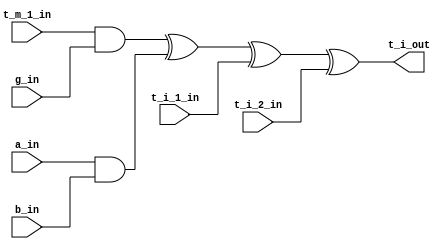
//
//
//Use:              3xor cell.
//
//
//Version           Date                Note
//  1.0             2014/12/21          Original created
//
//----------------------------------------------------------

module cell_4(
//-----input-----
  a_in,
  g_in,
  b_in,
  t_m_1_in,
  t_i_1_in,
  t_i_2_in,
//-----output-----
  t_i_out
);

input a_in;
input g_in;
input b_in;
input t_m_1_in;
input t_i_1_in;
input t_i_2_in;

output t_i_out;

assign t_i_out= (t_m_1_in & g_in) ^ (a_in & b_in) ^ t_i_1_in  ^ t_i_2_in;

endmodule